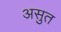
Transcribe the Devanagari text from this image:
असुत